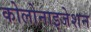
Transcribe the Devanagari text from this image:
कोलोनाइजेशन